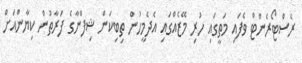
ރެސްޓޯރެންޓް ވެފައި މަތީގައި ހުރި މޭޒެއްގައި އެދެމީހުން ތިބިކަން ޝިފްނާގެ ފަރާތުން ކިޔާންއަށް